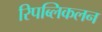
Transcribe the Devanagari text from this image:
रिपब्लिकलन